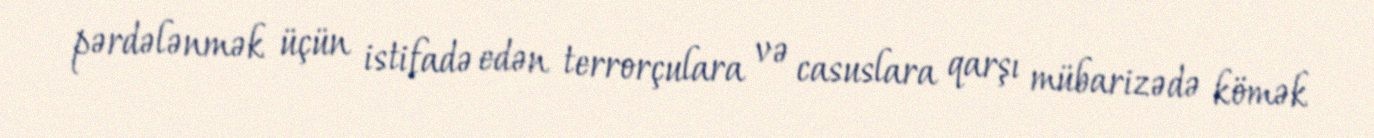
pərdələnmək üçün istifadə edən terrorçulara və casuslara qarşı mübarizədə kömək